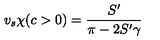
v _ { s } \chi ( c > 0 ) = \frac { S ^ { \prime } } { \pi - 2 S ^ { \prime } \gamma }